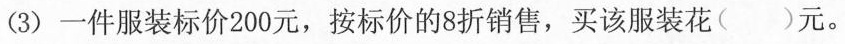
(3)一件服装标价200元，按标价的8折销售，买该服装花（）元。